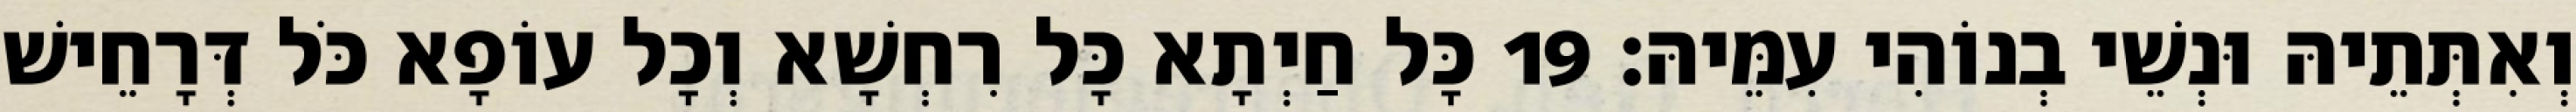
וְאִתְּתֵיהּ וּנְשֵׁי בְנוֹהִי עִמֵּיהּ׃ 19 כָּל חַיְתָא כָּל רִחְשָׁא וְכָל עוֹפָא כֹּל דְּרָחֵישׁ